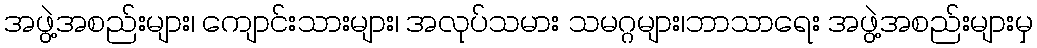
အဖွဲ့အစည်းများ၊ ကျောင်းသားများ၊ အလုပ်သမား သမဂ္ဂများ၊ဘာသာရေး အဖွဲ့အစည်းများမှ